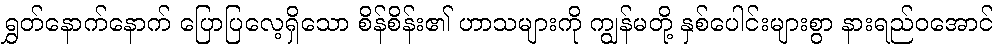
ရွှတ်နောက်နောက် ပြောပြလေ့ရှိသော စိန်စိန်း၏ ဟာသများကို ကျွန်မတို့ နှစ်ပေါင်းများစွာ နားရည်ဝအောင်